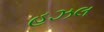
હઝલ